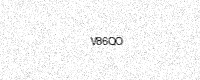
Text: V86QO